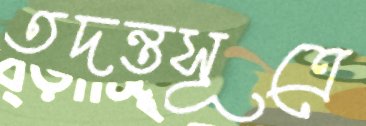
তদন্তসূত্রে